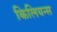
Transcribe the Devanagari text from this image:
किलियन्स